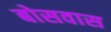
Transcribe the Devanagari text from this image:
बोसवास